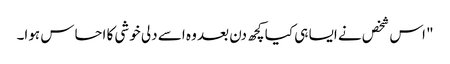
" اس شخص نے ایسا ہی کیا کچھ دن بعد وہ اسے دلی خوشی کا احساس ہوا۔